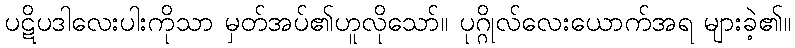
ပဋိပဒါလေးပါးကိုသာ မှတ်အပ်၏ဟူလိုသော်။ ပုဂ္ဂိုလ်လေးယောက်အရ များခဲ့၏။